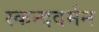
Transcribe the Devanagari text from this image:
स्कन्दवर्मन